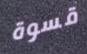
قسوة